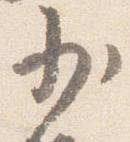
少